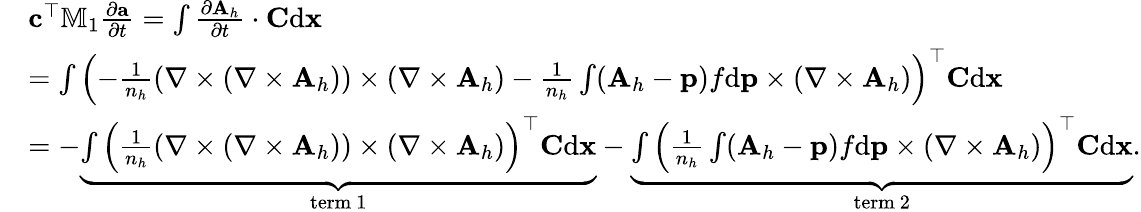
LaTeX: \begin{array}{rl}&{{\mathbf c}^{\top}\mathbb{M}_{1}\frac{\partial{\mathbf a}}{\partial t}=\int\frac{\partial{\mathbf A}_{h}}{\partial t}\cdot{\mathbf C}\mathrm{d}{\mathbf x}}\\ &{=\int\left(-\frac{1}{n_{h}}\left({\nabla}\times({\nabla}\times{\mathbf A}_{h})\right)\times\left({\nabla}\times{\mathbf A}_{h}\right)-\frac{1}{n_{h}}\int({\mathbf A}_{h}-{\mathbf p})f\mathrm{d}{\mathbf p}\times\left({\nabla}\times{\mathbf A}_{h}\right)\right)^{\top}{\mathbf C}\mathrm{d}{\mathbf x}}\\ &{=-\underbrace{\int\left(\frac{1}{n_{h}}\left({\nabla}\times({\nabla}\times{\mathbf A}_{h})\right)\times\left({\nabla}\times{\mathbf A}_{h}\right)\right)^{\top}{\mathbf C}\mathrm{d}{\mathbf x}}_{\mathrm{term~1}}-\underbrace{\int\left(\frac{1}{n_{h}}\int({\mathbf A}_{h}-{\mathbf p})f\mathrm{d}{\mathbf p}\times\left({\nabla}\times{\mathbf A}_{h}\right)\right)^{\top}{\mathbf C}\mathrm{d}{\mathbf x}}_{\mathrm{term~2}}.}\end{array}